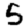
Digit: 5